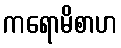
ကရောမိစာဟ